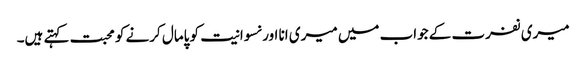
میری نفرت کے جواب میں میری انا اور نسوانیت کو پامال کرنے کو محبت کہتے ہیں۔